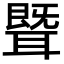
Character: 𬚢